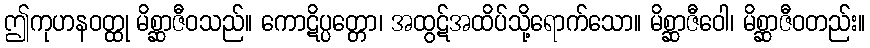
ဤကုဟနဝတ္ထု မိစ္ဆာဇီဝသည်။ ကောဋိပ္ပတ္တော၊ အထွဋ်အထိပ်သို့ရောက်သော။ မိစ္ဆာဇီဝေါ၊ မိစ္ဆာဇီဝတည်း။